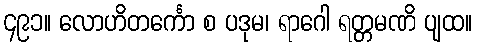
၄၉၁။ လောဟိတင်္ကော စ ပဒုမ၊ ရာဂေါ ရတ္တမဏိ ပျထ။